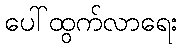
ပေါ်ထွက်လာရေး